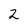
Character: 2